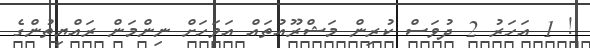
! 1 އަހަރު 2 ދުވަސް ކުރިން މަޝްރޫއުތައް އަވަހަށް ނިންމަން ރައްޔިތުންގެ